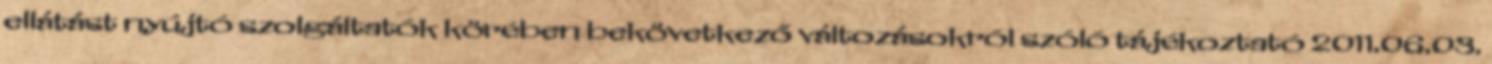
ellátást nyújtó szolgáltatók körében bekövetkező változásokról szóló tájékoztató 2011.06.03.